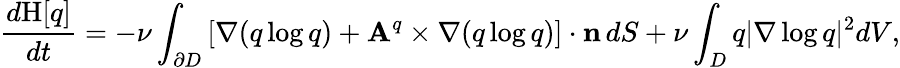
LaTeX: \frac{d\mathrm{H}[q]}{dt}=-\nu\int_{\partial D}\left[{\nabla(q\log q)+\mathbf{A}^{q}\times\nabla(q\log q)}\right]\cdot\mathbf{n}\, dS+\nu\int_{D}q|\nabla\log q|^{2}dV,